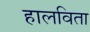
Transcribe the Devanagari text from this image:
हालविता